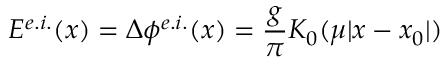
E ^ { e . i . } ( x ) = \Delta \phi ^ { e . i . } ( x ) = \frac { g } { \pi } K _ { 0 } ( \mu | x - x _ { 0 } | )